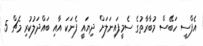
އެފްސީ ހަބޭސް މުބާރާތުގެ ސެމީފައިނަލަށް ދިޔައީ ފެނަކަ އާއި ބައްދަލުކުރި މެޗް 5